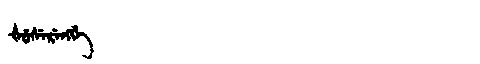
Manchu: ᡧᡠᠰᡝᡵᡝᠩᡤᡝ
Romanization: ŠUSERENGGE